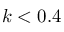
k < 0 . 4